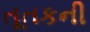
તૂતકની